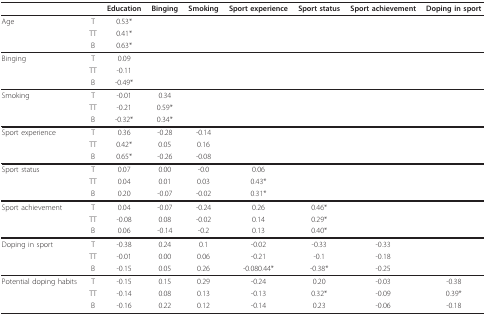
<table><thead><tr><td></td><td></td><td><b>Education</b></td><td><b>Binging</b></td><td><b>Smoking</b></td><td><b>Sport experience</b></td><td><b>Sport status</b></td><td><b>Sport achievement</b></td><td><b>Doping in sport</b></td></tr></thead><tbody><tr><td>Age</td><td>T</td><td>0.53*</td><td></td><td></td><td></td><td></td><td></td><td></td></tr><tr><td></td><td>TT</td><td>0.41*</td><td></td><td></td><td></td><td></td><td></td><td></td></tr><tr><td></td><td>B</td><td>0.63*</td><td></td><td></td><td></td><td></td><td></td><td></td></tr><tr><td>Binging</td><td>T</td><td>0.09</td><td></td><td></td><td></td><td></td><td></td><td></td></tr><tr><td></td><td>TT</td><td>-0.11</td><td></td><td></td><td></td><td></td><td></td><td></td></tr><tr><td></td><td>B</td><td>-0.49*</td><td></td><td></td><td></td><td></td><td></td><td></td></tr><tr><td>Smoking</td><td>T</td><td>-0.01</td><td>0.34</td><td></td><td></td><td></td><td></td><td></td></tr><tr><td></td><td>TT</td><td>-0.21</td><td>0.59*</td><td></td><td></td><td></td><td></td><td></td></tr><tr><td></td><td>B</td><td>-0.32*</td><td>0.34*</td><td></td><td></td><td></td><td></td><td></td></tr><tr><td>Sport experience</td><td>T</td><td>0.36</td><td>-0.28</td><td>-0.14</td><td></td><td></td><td></td><td></td></tr><tr><td></td><td>TT</td><td>0.42*</td><td>0.05</td><td>0.16</td><td></td><td></td><td></td><td></td></tr><tr><td></td><td>B</td><td>0.65*</td><td>-0.26</td><td>-0.08</td><td></td><td></td><td></td><td></td></tr><tr><td>Sport status</td><td>T</td><td>0.07</td><td>0.00</td><td>-0.0</td><td>0.06</td><td></td><td></td><td></td></tr><tr><td></td><td>TT</td><td>0.04</td><td>0.01</td><td>0.03</td><td>0.43*</td><td></td><td></td><td></td></tr><tr><td></td><td>B</td><td>0.20</td><td>-0.07</td><td>-0.02</td><td>0.31*</td><td></td><td></td><td></td></tr><tr><td>Sport achievement</td><td>T</td><td>0.04</td><td>-0.07</td><td>-0.24</td><td>0.26</td><td>0.46*</td><td></td><td></td></tr><tr><td></td><td>TT</td><td>-0.08</td><td>0.08</td><td>-0.02</td><td>0.14</td><td>0.29*</td><td></td><td></td></tr><tr><td></td><td>B</td><td>0.06</td><td>-0.14</td><td>-0.2</td><td>0.13</td><td>0.40*</td><td></td><td></td></tr><tr><td>Doping in sport</td><td>T</td><td>-0.38</td><td>0.24</td><td>0.1</td><td>-0.02</td><td>-0.33</td><td>-0.33</td><td></td></tr><tr><td></td><td>TT</td><td>-0.01</td><td>0.00</td><td>0.06</td><td>-0.21</td><td>-0.1</td><td>-0.18</td><td></td></tr><tr><td></td><td>B</td><td>-0.15</td><td>0.05</td><td>0.26</td><td>-0.080.44*</td><td>-0.38*</td><td>-0.25</td><td></td></tr><tr><td>Potential doping habits</td><td>T</td><td>-0.15</td><td>0.15</td><td>0.29</td><td>-0.24</td><td>0.20</td><td>-0.03</td><td>-0.38</td></tr><tr><td></td><td>TT</td><td>-0.14</td><td>0.08</td><td>0.13</td><td>-0.13</td><td>0.32*</td><td>-0.09</td><td>0.39*</td></tr><tr><td></td><td>B</td><td>-0.16</td><td>0.22</td><td>0.12</td><td>-0.14</td><td>0.23</td><td>-0.06</td><td>-0.18</td></tr></tbody></table>